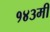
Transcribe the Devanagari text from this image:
१४३मी